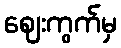
ဈေးကွက်မှ